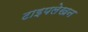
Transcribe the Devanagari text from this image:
टाइपलेखन